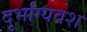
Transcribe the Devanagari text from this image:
दूर्भाग्यवश